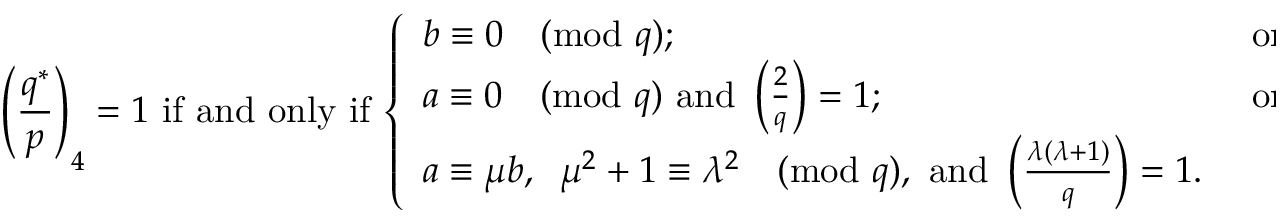
{ \Bigg ( } { \frac { q ^ { * } } { p } } { \Bigg ) } _ { 4 } = 1 { \mathrm { ~ i f ~ a n d ~ o n l y ~ i f ~ } } { \left\{ \begin{array} { l l } { b \equiv 0 { \pmod { q } } ; } & { { \mathrm { ~ o r ~ } } } \\ { a \equiv 0 { \pmod { q } } { \mathrm { ~ a n d ~ } } \left( { \frac { 2 } { q } } \right) = 1 ; } & { { \mathrm { ~ o r ~ } } } \\ { a \equiv \mu b , \; \; \mu ^ { 2 } + 1 \equiv \lambda ^ { 2 } { \pmod { q } } { \mathrm { , ~ a n d ~ } } \left( { \frac { \lambda ( \lambda + 1 ) } { q } } \right) = 1 . } \end{array} \right. }